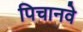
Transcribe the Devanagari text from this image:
पिचानवे